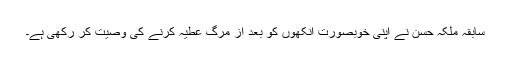
سابقہ ملکہ حسن نے اپنی خوبصورت آنکھوں کو بعد از مرگ عطیہ کرنے کی وصیت کر رکھی ہے۔